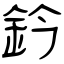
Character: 鈐